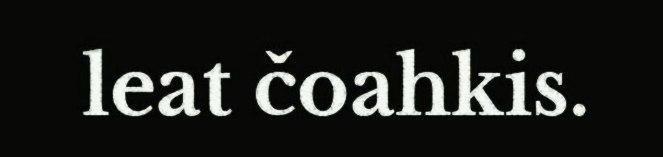
leat čoahkis.